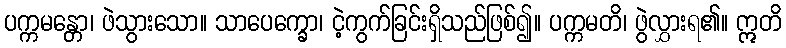
ပက္ကမန္တော၊ ဖဲသွားသော။ သာပေက္ခော၊ ငဲ့ကွက်ခြင်းရှိသည်ဖြစ်၍။ ပက္ကမတိ၊ ဖွဲလွှားရ၏။ ဣတိ